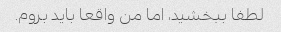
لطفا ببخشید، اما من واقعا باید بروم.